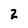
Character: 2